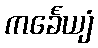
ကင်္ခေယျံ